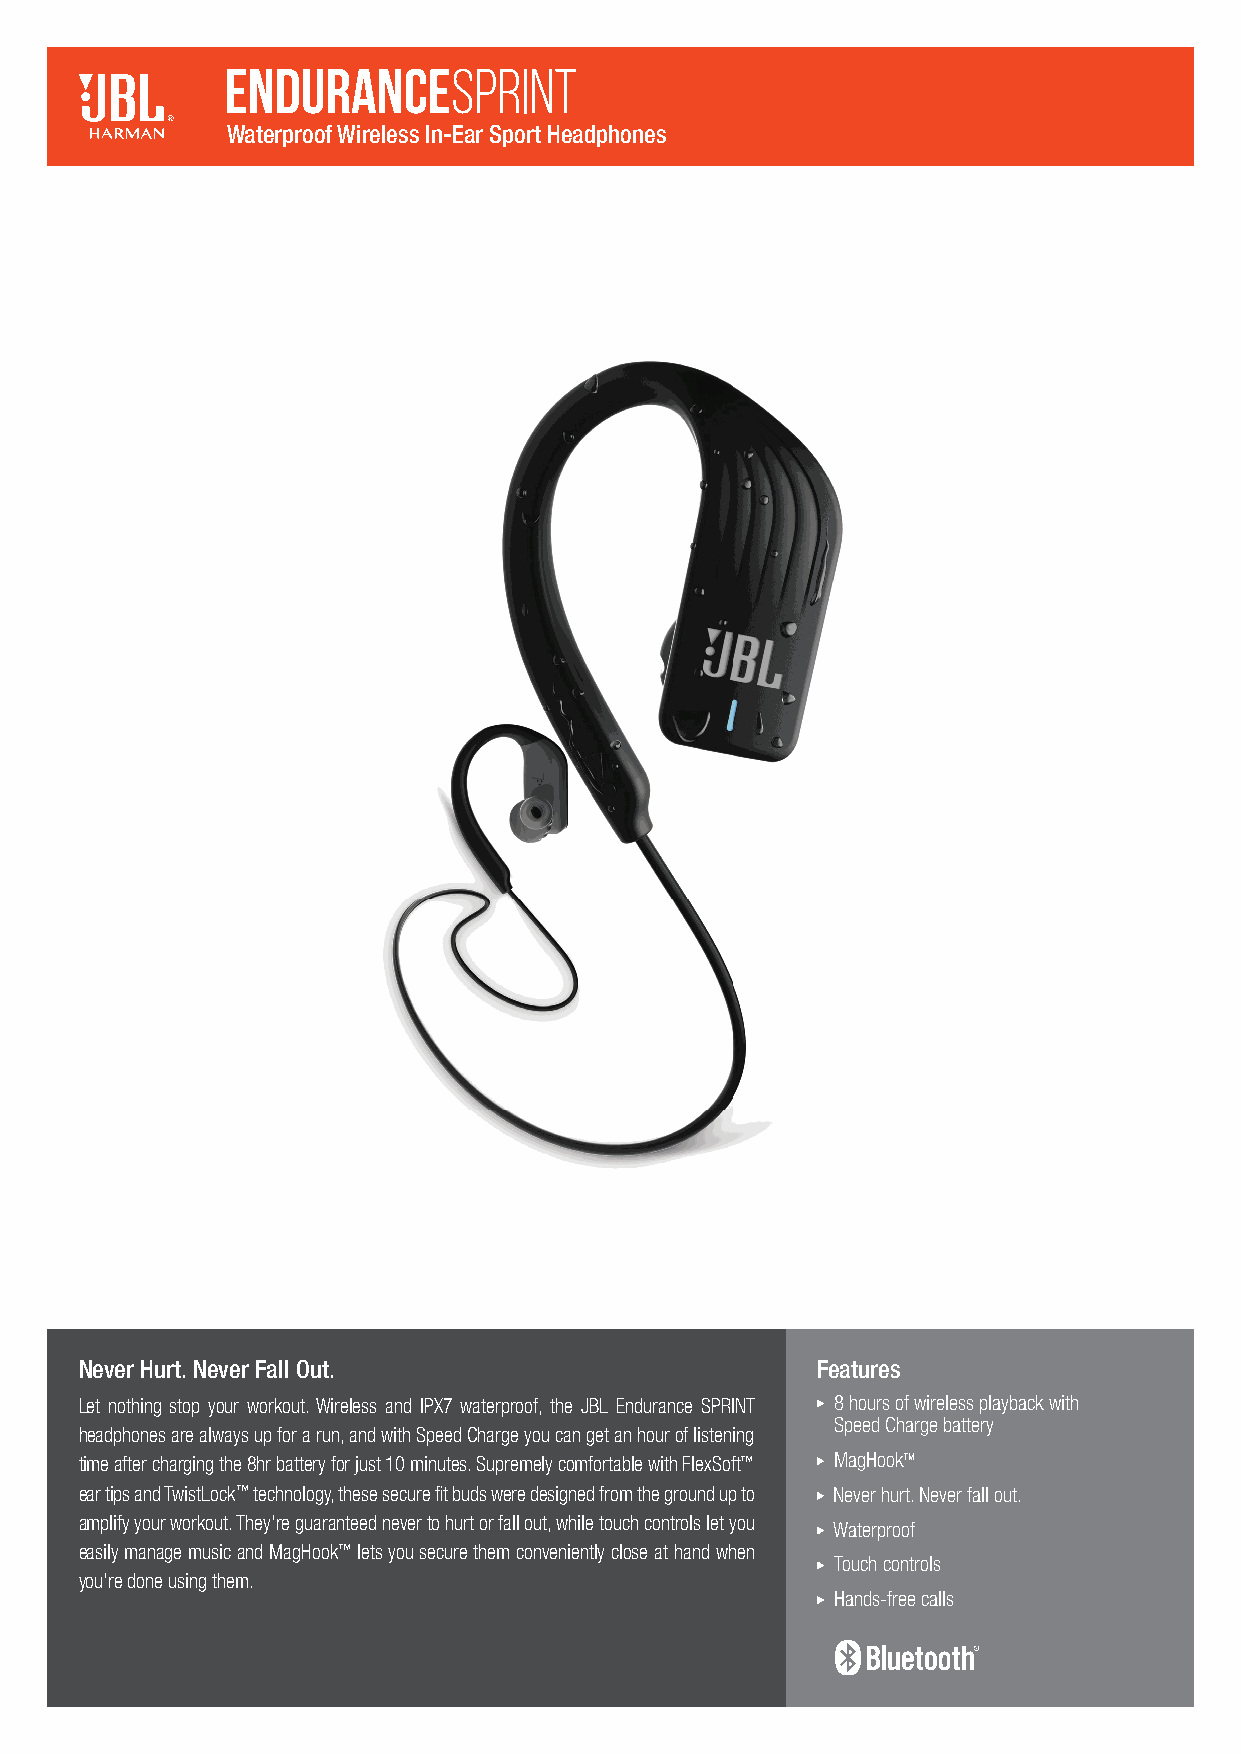
Waterproof Wireless In-Ear Sport Headphones
 Never Hurt. Never Fall Out.                      Features
 Let nothing stop your workout. Wireless and IPX7 waterproof, the JBL Endurance SPRINT 8 hours of wireless playback with
 Speed Charge battery
 headphones are always up for a run, and with Speed Charge you can get an hour of listening
 time after charging the 8hr battery for just 10 minutes. Supremely comfortable with FlexSoft™ MagHookTM
 ear tips and TwistLock™ technology, these secure fi t buds were designed from the ground up to Never hurt. Never fall out.
 amplify your workout. They’re guaranteed never to hurt or fall out, while touch controls let you
 Waterproof
 easily manage music and MagHook™ lets you secure them conveniently close at hand when
 Touch controls
 you’re done using them.
 Hands-free calls